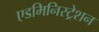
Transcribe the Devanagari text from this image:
एडमिनिस्ट्रेशन